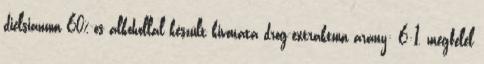
dielsianum 60%-os alkohollal készült kivonata drog-extraktum arány: 6:1, megfelel